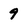
Character: 9